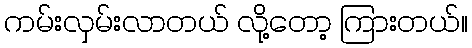
ကမ်းလှမ်းလာတယ် လို့တော့ ကြားတယ်။